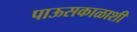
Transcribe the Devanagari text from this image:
पाऊसकाळाशी